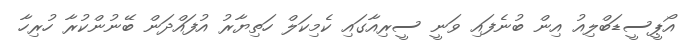
އޯޕީސީޑަބްލިއު އިން ބުނެފައި ވަނީ ސީރިއާގައި ކެމިކަލް ހަތިޔާރު އުފައްދަން ބޭނުންކުރާ ހުރިހާ